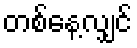
တစ်နေ့လျှင်